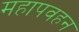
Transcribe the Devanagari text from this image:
महापवहन